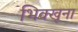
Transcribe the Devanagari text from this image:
भिक्खूना